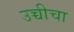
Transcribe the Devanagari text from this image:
उच्चीचा